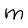
Character: m